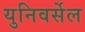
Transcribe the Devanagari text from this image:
युनिवर्सेल